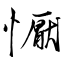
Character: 懨